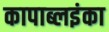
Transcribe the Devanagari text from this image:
कापाब्लइंका